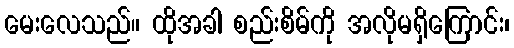
မေးလေသည်။ ထိုအခါ စည်းစိမ်ကို အလိုမရှိကြောင်း၊